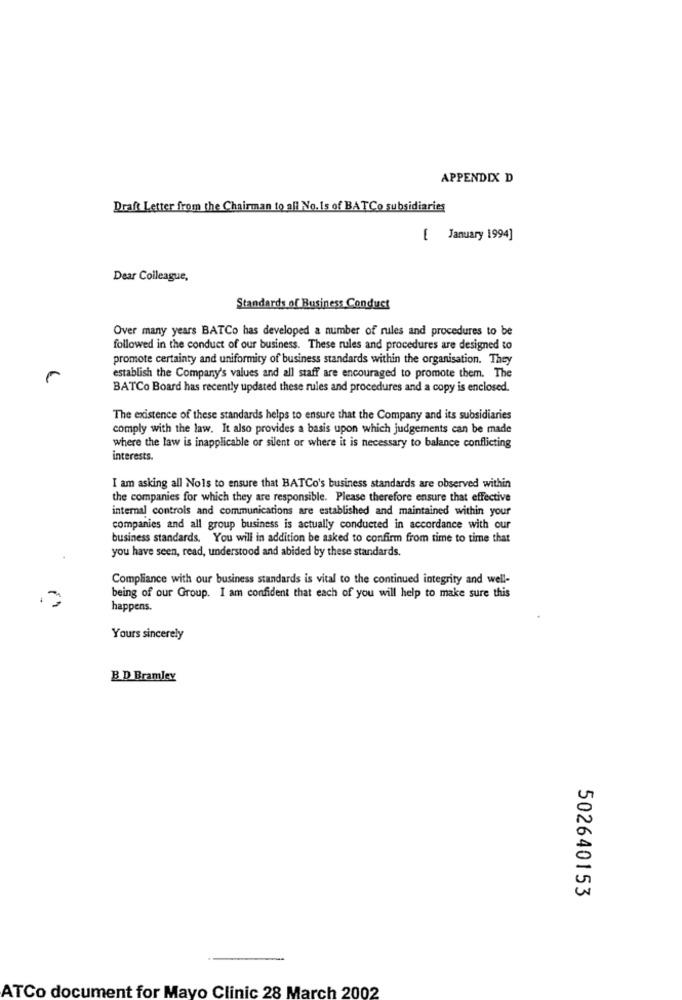
APPENDIX D
Draft Letter from the Chairman to all No. Is of BATCo subsidiaries
[ January 1994]
Dear Colleague,
Standards of Business Conduct
Over many years BATCo has developed a number of rules and procedures to be
followed in the conduct of our business. These rules and procedures are designed to
promote certainty and uniformity of business standards within the organisation. They
establish the Company's values and all staff are encouraged to promote them. The
BATCo Board has recently updated these rules and procedures and a copy is enclosed.
The existence of these standards helps to ensure that the Company and its subsidiaries
comply with the law. It also provides a basis upon which judgements can be made
where the law is inapplicable or silent or where it is necessary to balance conflicting
interests.
I am asking all Nols to ensure that HATCo's business standards are observed within
the companies for which they are responsible. Please therefore ensure that effective
internal controls and communications are established and maintained within your
companies and all group business is actually conducted in accordance with our
business standards. You will in addition be asked to confirm from time to time that
you have seen, read, understood and abided by these standards.
Compliance with our business standards is vital to the continued integrity and well-
being of our Group. I am confident that each of you will help to make sure this
happens.
Yours sincerely
B D Bramley
502640153
ATCo document for Mayo Clinic 28 March 2002